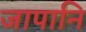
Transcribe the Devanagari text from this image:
जापानि